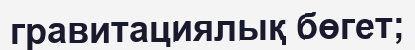
гравитациялық бөгет;